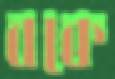
বকে